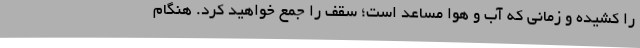
را کشیده و زمانی که آب و هوا مساعد است؛ سقف را جمع خواهید کرد. هنگام